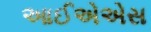
આઈએએસ